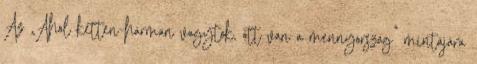
Az „Ahol ketten-hárman vagytok, ott van a mennyország” mintájára